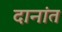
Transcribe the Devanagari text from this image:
दानांत